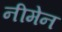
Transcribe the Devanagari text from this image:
नीमेन